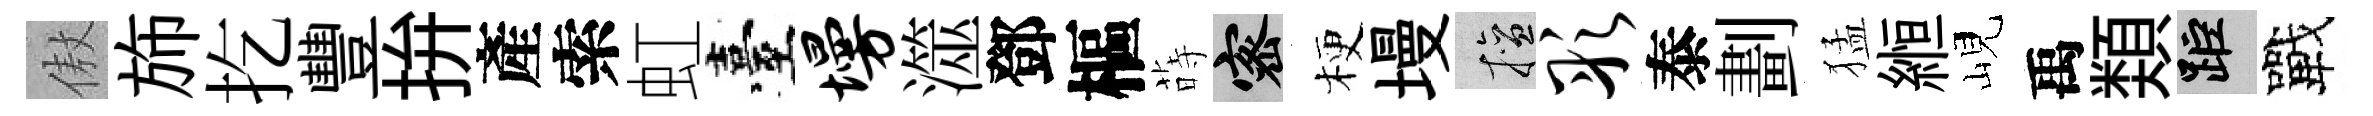
傲斾扢豐拚產索虹臺墁澨鄧樞蒔密梗墁擅彤泰劃猛縆峴禹𩔖距戰